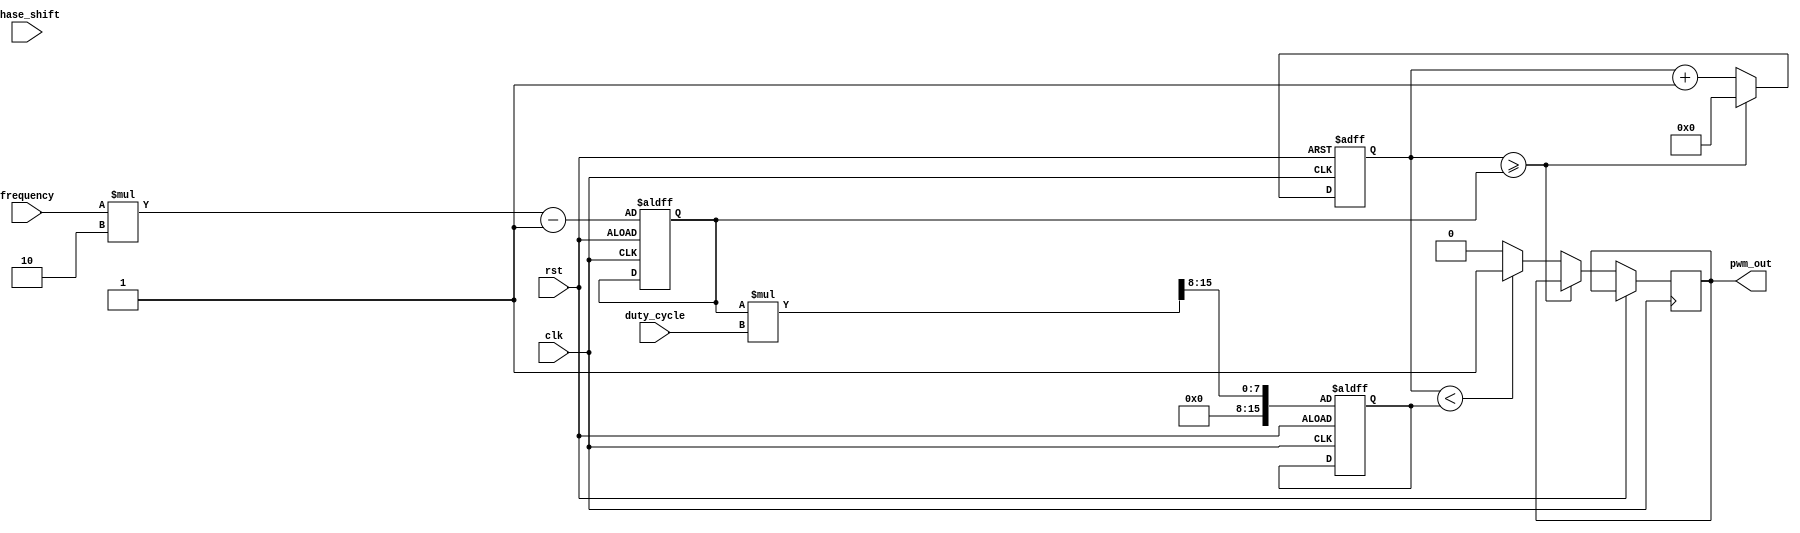
module pwm_generator (
    input wire rst,
    input wire clk,
    input wire [7:0] duty_cycle,
    input wire [15:0] frequency,
    input wire [15:0] phase_shift,
    output reg pwm_out
);

reg [15:0] counter;
reg [15:0] period;
reg [15:0] pulse_width;

always @ (posedge clk or posedge rst) begin
    if (rst) begin
        counter <= 16'd0;
        period <= (frequency * 16'd2) - 16'd1;
        pulse_width <= (period * duty_cycle) >> 8;
    end else begin
        counter <= counter + 16'd1;
        if (counter >= period) begin
            counter <= 16'd0;
        end else if (counter < pulse_width) begin
            pwm_out <= 1'b1;
        end else begin
            pwm_out <= 1'b0;
        end
    end
end

endmodule